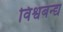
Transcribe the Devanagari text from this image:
विश्वबन्द्य